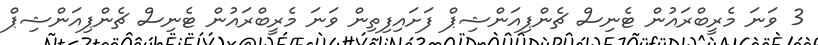
3 ވަނަ މެރީބްރައުން ޓެނިސް ޗެންޕިއަންޝިޕް ފަށައިފިތިން ވަނަ މެރީބްރައުން ޓެނިސް ޗެންޕިއަންޝިޕް